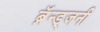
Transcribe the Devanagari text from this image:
ब्रॅन्ड्जनी